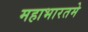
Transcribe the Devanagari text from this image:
महाभारतमे